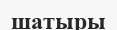
шатыры